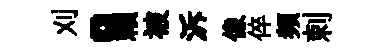
刈。賴被泝像倅頻剌